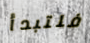
فلتبدأ